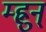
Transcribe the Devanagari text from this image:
म्ह्नुन्